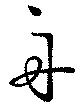
舟